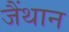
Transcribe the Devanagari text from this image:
जैंथान